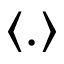
\langle . \rangle